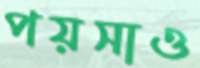
পয়সাও